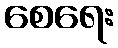
စေရေး